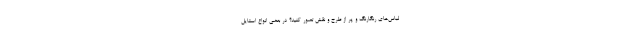
لباس‌های رنگارنگ و پر از طرح و نقش تصور کنید؟ در بعضی انواع استایل